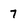
Character: 7